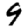
Digit: 9